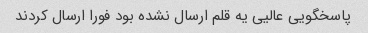
پاسخگویی عالیی یه قلم ارسال نشده بود فورا ارسال کردند